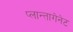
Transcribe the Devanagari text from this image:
प्लान्तागेनेट